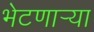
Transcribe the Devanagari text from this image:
भेटणार्‍या